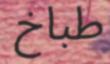
طباخ